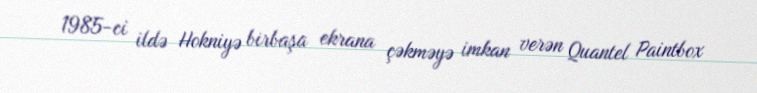
1985-ci ildə Hokniyə birbaşa ekrana çəkməyə imkan verən Quantel Paintbox